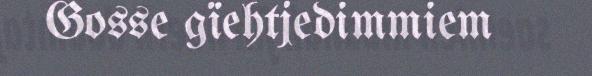
Gosse gïehtjedimmiem